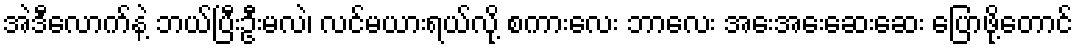
အဲဒီလောက်နဲ့ ဘယ်ပြီးဦးမလဲ၊ လင်မယားရယ်လို့ စကားလေး ဘာလေး အေးအေးဆေးဆေး ပြောဖို့တောင်